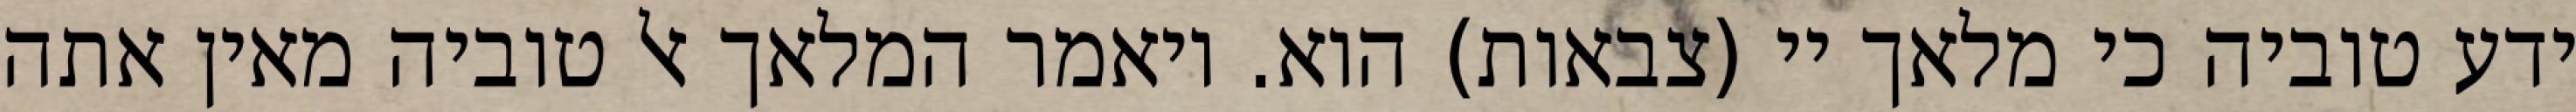
ידע טוביה כי מלאך יי (צבאות) הוא. ויאמר המלאך אל טוביה מאין אתה